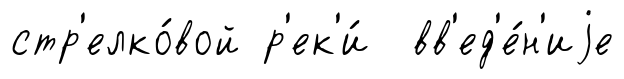
стр'елко́вой р'ек'и́ вв'ед'е́н'иjе